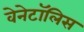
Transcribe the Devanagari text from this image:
वेनेटॉलिस